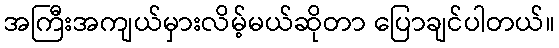
အကြီးအကျယ်မှားလိမ့်မယ်ဆိုတာ ပြောချင်ပါတယ်။